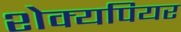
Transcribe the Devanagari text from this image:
शेक्यपियर